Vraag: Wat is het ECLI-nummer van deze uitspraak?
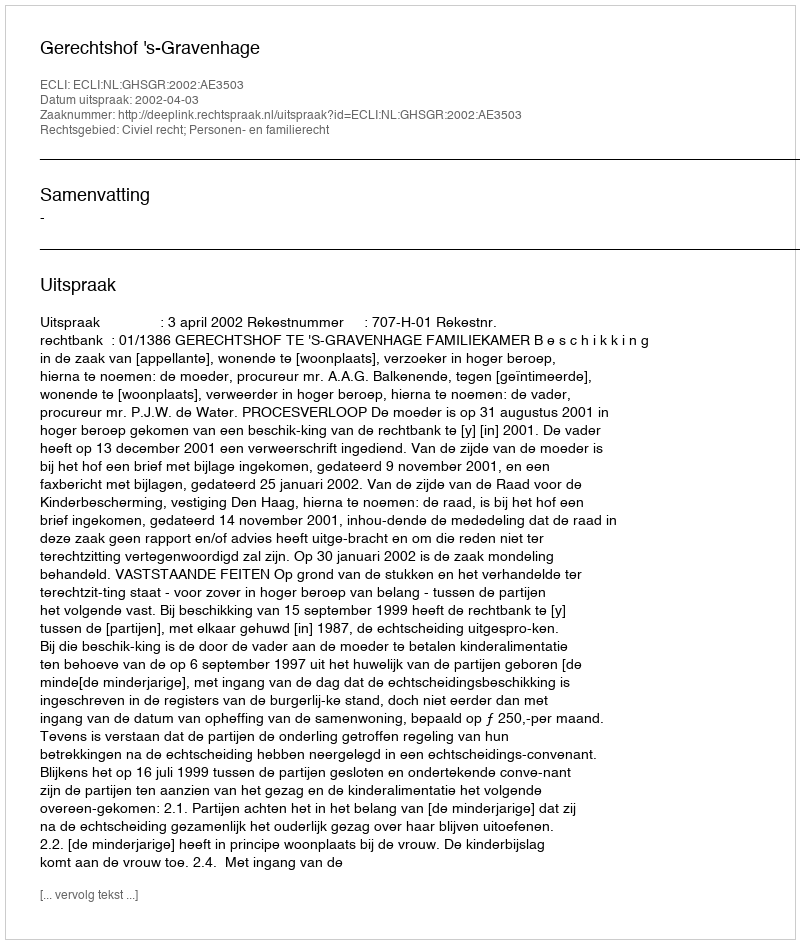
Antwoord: ECLI:NL:GHSGR:2002:AE3503